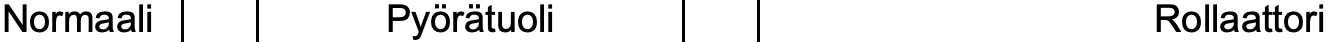
Normaali     Pyörätuoli               Rollaattori